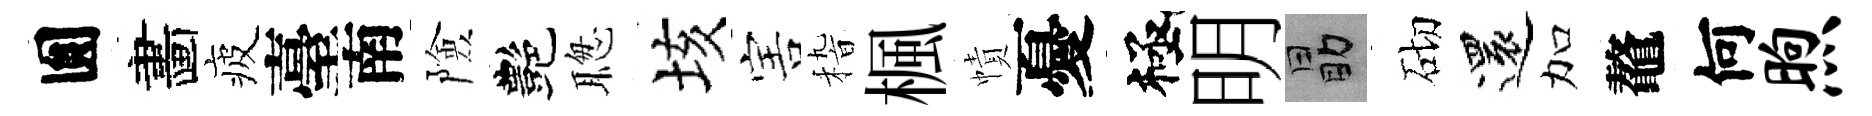
圎畵疲臺南險艷聦垓害𥟵楓幘憂極明勗砌還加鼇何煦